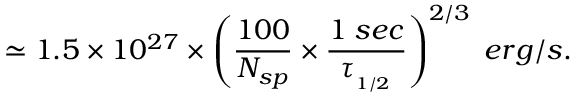
\simeq 1 . 5 \times 1 0 ^ { 2 7 } \times \left( \frac { 1 0 0 } { N _ { s p } } \times \frac { 1 \; s e c } { \tau _ { _ { 1 / 2 } } } \right) ^ { 2 / 3 } \; e r g / s .